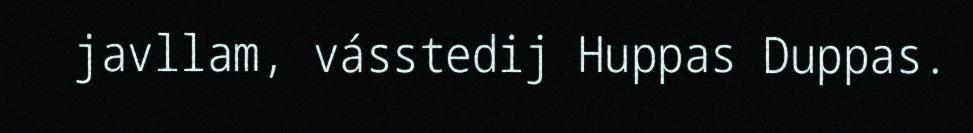
javllam, vásstedij Huppas Duppas.